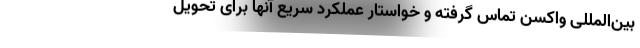
بین‌المللی واکسن تماس گرفته و خواستار عملکرد سریع آنها برای تحویل